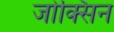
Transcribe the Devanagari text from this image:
जोक्सिन